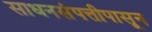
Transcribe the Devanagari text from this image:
साधनसंपत्तीपासून